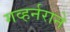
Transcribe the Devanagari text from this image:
गव्हर्नराने